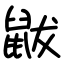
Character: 鼥